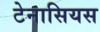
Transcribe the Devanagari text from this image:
टेनासियस